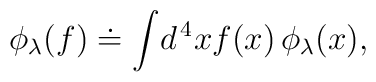
\phi_\lambda (f) \doteq \int \!  d^{\, 4} x f(x) \, \phi_\lambda (x),